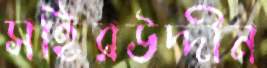
সহিরউদ্দীন